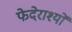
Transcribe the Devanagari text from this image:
फेदेराश्यों